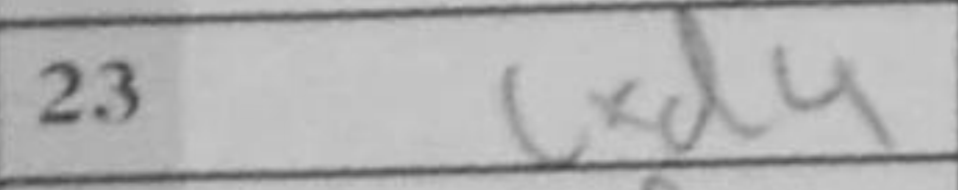
Transcription: cxd4